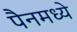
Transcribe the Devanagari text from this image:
पैनमध्ये